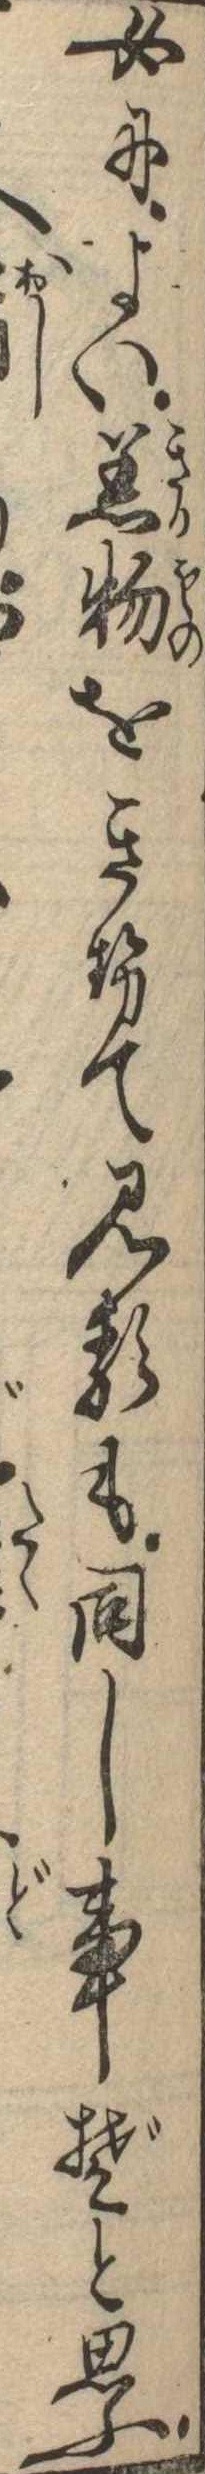
女によい着物をきせて見るも同し事ぞと思ふ